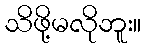
သိဖို့မလိုဘူး။